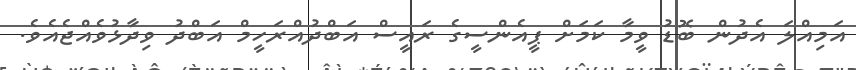
އަމިއްލަ އެދުން ބޮޑު ވީމާ ކަމަށް ޕީއެންސީގެ ރައީސް އަބްދުއްރަހީމް އަބްދު ވިދާޅުވެއްޖެއެވެ.